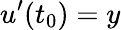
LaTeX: u^{\prime}(t_{0})=y